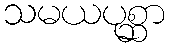
သမယပုစ္ဆာ